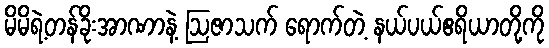
မိမိရဲ့တန်ခိုးအာဏာနဲ့ ဩဇာသက် ရောက်တဲ့ နယ်ပယ်ဧရိယာတို့ကို